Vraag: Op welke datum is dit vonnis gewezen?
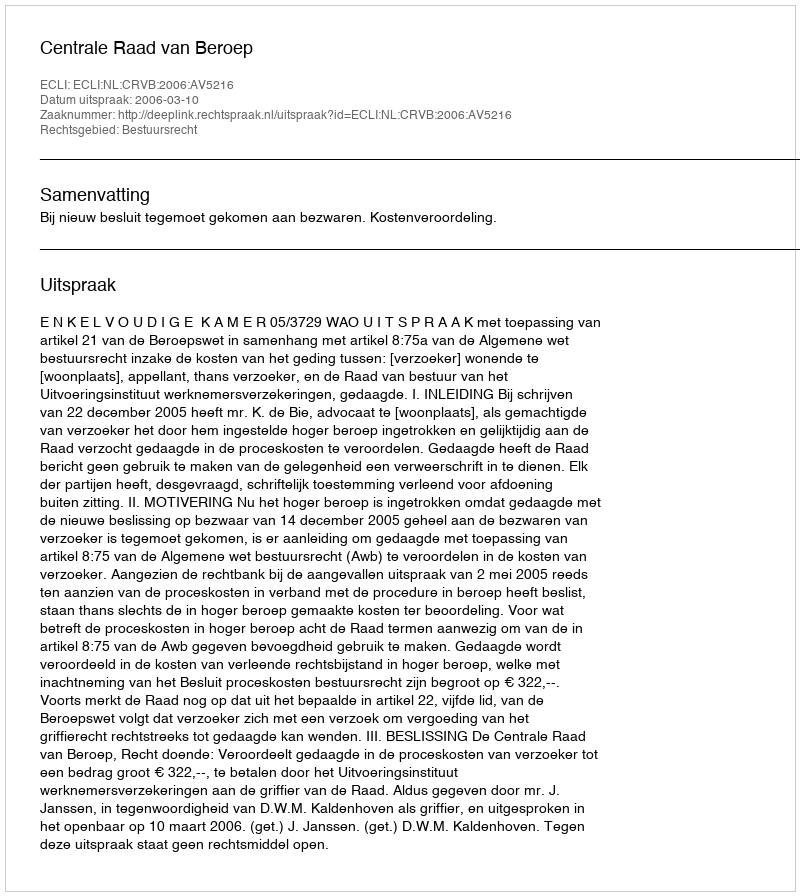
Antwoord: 2006-03-10